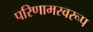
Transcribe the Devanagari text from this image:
परिणामस्वरूप